Punjab Mental Hospital Lahore 1932-46 - 1932-1946
Year: 1932
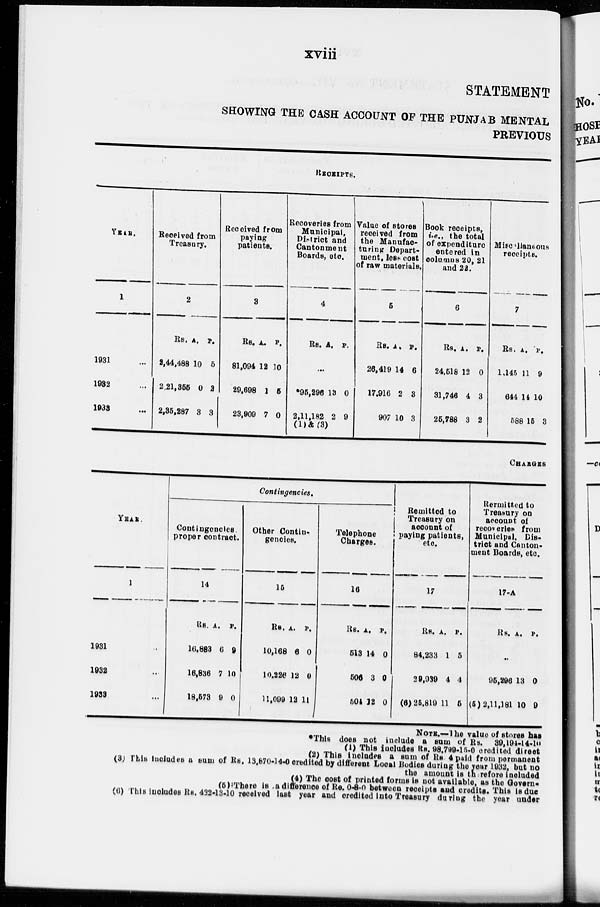
xviii
STATEMENT
SHOWING THE CASH ACCOUNT OF THE PUNJAB MENTAL
PREVIOUS
RECEIPTS.
YEAR.
1
1931 ...
1932 ...
1933 ...
Received from
Treasury.
2
Rs.
2,44,488
2,21,355
2,35,287
A.
10
0
3
P.
5
2
3
Received from
paying
patients.
3
Rs.
81,094
29,698
23,909
A.
12
1
7
P.
10
5
0
Recoveries from
Municipal,
District and
Cantonment
Boards, etc.
4
Rs.
A.
P.
...
*95,296
2,11,182
(1)&(3)
13
2
0
9
Value of stores
received from
the Manufac-
turing Depart-
ment, less cost
of raw materials.
5
Rs.
26,419
17,916
907
A.
14
2
10
P.
6
3
3
Book receipts,
i.e., the total
of expenditure
entered in
columns 20, 21
and 22.
6
Rs.
24,518
31,746
25,788
A.
12
4
3
P.
0
3
2
Miscellaneous
receipts.
7
Rs.
1,145
644
588
A.
11
14
15
P.
9
10
3
CHARGES
YEAR.
1
1931 ...
1932 ...
1933 ...
Contingencies.
Contingencies
proper contract.
14
Rs.
16,883
16,836
18,573
A.
6
7
9
P.
9
10
0
Other Contin-
gencies.
15
Rs.
10,168
10,226
11,099
A.
6
12
12
P.
0
0
11
Telephone
Charges.
16
Rs.
513
506
504
A.
14
3
12
P.
0
0
0
Remitted to
Treasury on
account of
paying patients,
etc.
17
Rs.
84,233
29,939
(6) 25,819
A.
1
4
11
P.
5
4
5
Rermitted to
Treasury on
account of
recoveries from
Municipal, Dis-
trict and Canton-
ment Boards, etc.
17-A
Rs.
A.
P.
...
95,296
(5)2,11,181
13
10
0
9
NOTE.—The value of stores has
*This does not include a sum of Rs. 39,194-14-10
(1) This includes Rs. 98,799-15-0 credited direct
(2) This includes a sum of Rs. 4 paid from permanent
(3) This Includes a sum of Rs. 13,870-14-0 credited by different Local Bodies during the year 1932, but no
the amount is therefore included
( 4) The cost of printed forms is not available, as the Govern-
(5)
There
is
a
difference
of Re. 0-8-0 between receipts and credits. This is due
(6) This includes Rs. 432-13-10 received last year and credited into Treasury during the year under